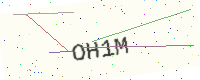
Text: OH1M